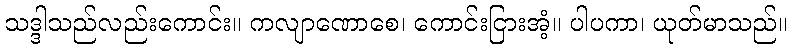
သဒ္ဒါသည်လည်းကောင်း။ ကလျာဏောစေ၊ ကောင်းငြားအံ့။ ပါပကာ၊ ယုတ်မာသည်။